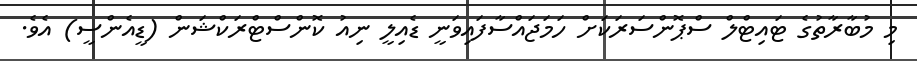
މި މުބާރާތުގެ ޓައިޓްލް ސްޕޮންސަރަކަށް ހަމަޖައްސާފައިވަނީ ޑެއިލީ ނިއު ކޮންސްޓްރަކްޝަން (ޑީއެންސީ) އެވެ.